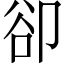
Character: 卻